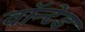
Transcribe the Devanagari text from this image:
वाॅन्टेड